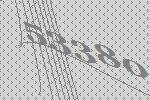
53380